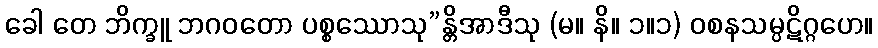
ခေါ တေ ဘိက္ခူ ဘဂဝတော ပစ္စဿောသု”န္တိအာဒီသု (မ။ နိ။ ၁။၁) ဝစနသမ္ပဋိဂ္ဂဟေ။